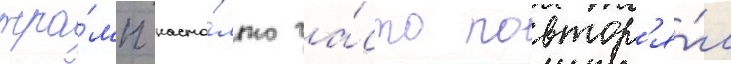
тра́мп насто́лько ча́сто повтор'я́л